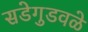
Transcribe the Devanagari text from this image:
सडेगुडवळे